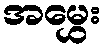
အမွှေး